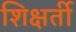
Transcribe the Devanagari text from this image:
शिक्षर्ती